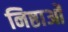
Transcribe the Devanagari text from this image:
निष्ठाओं